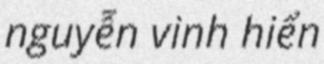
nguyễn vinh hiển